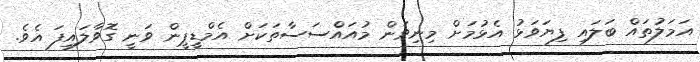
އަމަލުތައް ބަލައި ފިޔަވަޅު އެޅުމަށް މިނިވަން މުއައްސަސާތަކަށް އެމްޑީޕީން ވަނީ ގޮވާލައިފަ އެވެ.